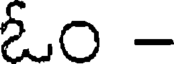
ఓం -